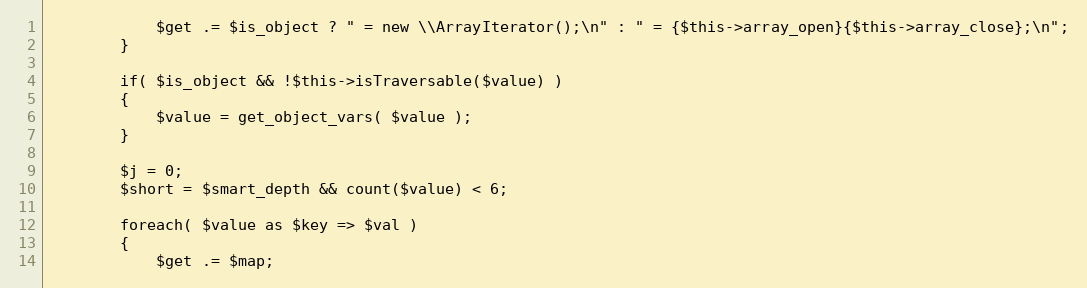
Language: PHP
			$get .= $is_object ? " = new \\ArrayIterator();\n" : " = {$this->array_open}{$this->array_close};\n";
		}

		if( $is_object && !$this->isTraversable($value) )
		{
			$value = get_object_vars( $value );
		}

		$j = 0;
		$short = $smart_depth && count($value) < 6;

		foreach( $value as $key => $val )
		{
			$get .= $map;